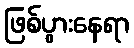
ဖြစ်ပွားနေရာ